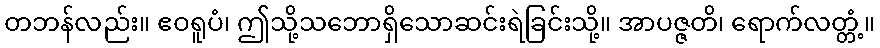
တဘန်လည်း။ ဧဝရူပံ၊ ဤသို့သဘောရှိသောဆင်းရဲခြင်းသို့။ အာပဇ္ဇတိ၊ ရောက်လတ္တံ့။